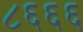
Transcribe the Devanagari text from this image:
८६६६